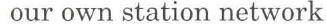
our own station network